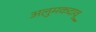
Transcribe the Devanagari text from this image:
अलुमकदावू